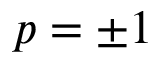
p = \pm 1